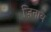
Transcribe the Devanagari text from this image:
ज़िनाब